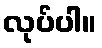
လုပ်ပါ။